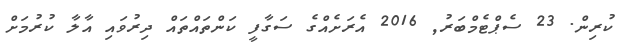
ކުރިން. 23 ސެޕްޓެމްބަރު